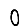
Digit: 0